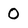
Character: O